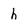
Character: h